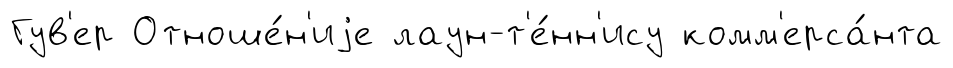
Гув'ер Отноше́н'иjе лаун-т'е́нн'ису комм'ерса́нта